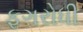
ફૂગરોધી